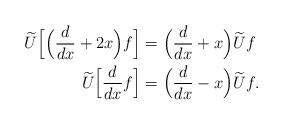
LaTeX: \begin{align*}\widetilde{U}\Big[\Big(\frac{d}{dx}+2x\Big)f\Big] &= \Big(\frac{d}{dx}+x\Big)\widetilde{U}f \\\widetilde{U}\Big[\frac{d}{dx}f\Big] &= \Big(\frac{d}{dx}-x\Big)\widetilde{U}f.\end{align*}